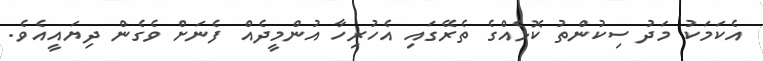
އެކަމަކު މަދު ސިކުންތު ކޮޅެއްގެ ތެރޭގައި އެހުރިހާ އުންމީދެއް ފެނަށް ވެގެން ދިޔައީއެވެ.